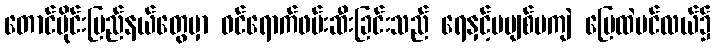
တောင်ပိုင်းပြည်နယ်တွေမှာ ဝင်ရောက်ဖမ်းဆီးခြင်းသည် ရေနှင့်မပျစ်မကျဲ မြေထဲပင်လယ်၌